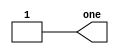
module top_module(output one);
    
    //Insert your code here
    assign one = 1'b1;

endmodule

/*
    Simply introduce architecture of the code.
        A complete architecture requires modules and endmodule to wrap them.
    top_module is the name of this module. Behind the top_module, () is represented
    the all wire which input or output. you can name your wire inside (),
    e.g. "one" is name of output wire. So we can use "one" which this variable in
    below mainly code area.

    "assign" represents the description of the  data flow layer.
    e.g. assign out = in;

    1'b1 
        1 of b left side: one bit
        b: bits
        1 of b right side: What you want output data.
        (This question requires the output to be 1.)
*/